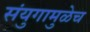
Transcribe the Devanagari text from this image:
संयुगामुळेच